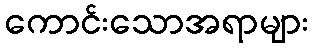
ကောင်းသောအရာများ